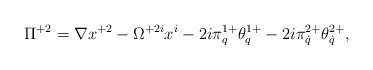
LaTeX: \begin{align*}\Pi^{+2}=\nabla x^{+2}-\Omega^{+2i}x^i-2i\pi^{1+}_q\theta^{1+}_q-2i\pi^{2+}_{\dot q}\theta^{2+}_{\dot q},\end{align*}